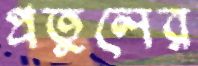
প্রতুলের